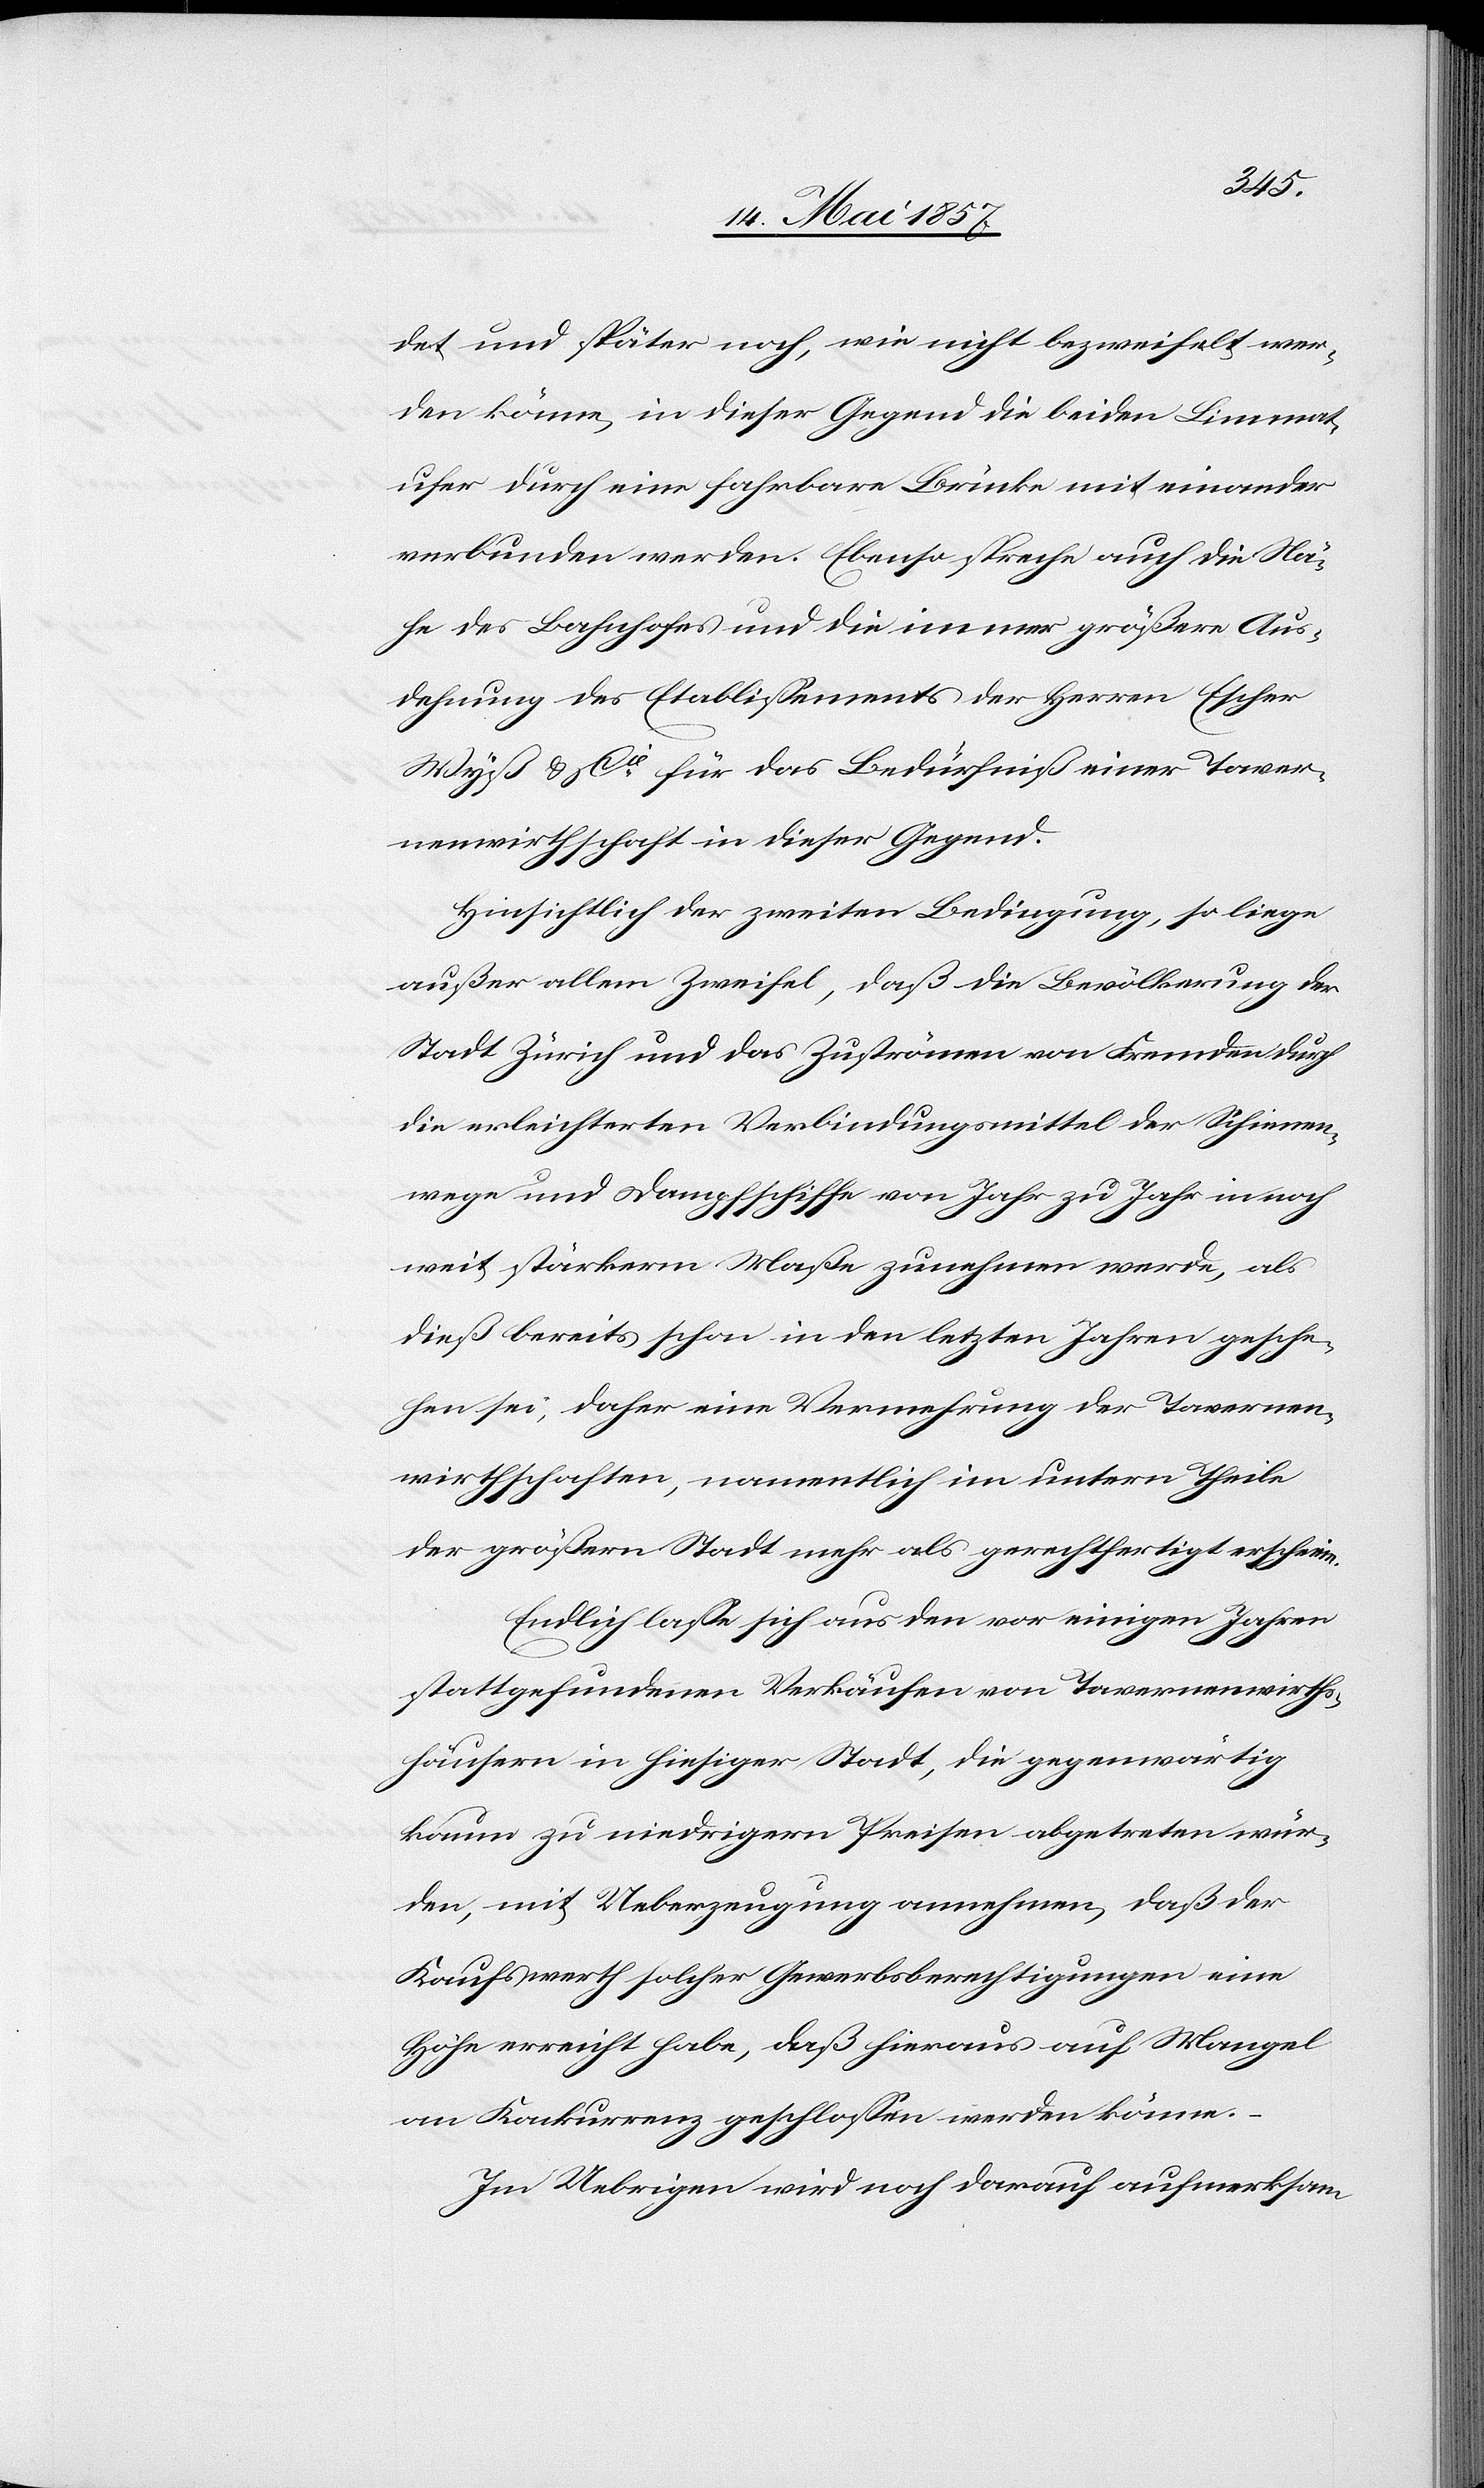
det und später noch, wie nicht bezweifelt wer¬
den könne in dieser Gegend die beiden Limmat¬
ufer durch eine fahrbare Brücke mit einander
verbunden werden. Ebenso spreche auch die Nä¬
he des Bahnhofes und die immer größere Aus¬
dehnung des Etablissements der Herren Escher
Wyß & Cie für das Bedürfniß einer Taver¬
nenwirthschaft in dieser Gegend.
Hinsichtlich der zweiten Bedingung, so liege
außer allem Zweifel, daß die Bevölkerung der
Stadt Zürich und das Zuströmen von Fremden durch
die erleichterten Verbindungsmittel der Schienen¬
wege und Dampfschiffe von Jahr zu Jahr in noch
weit stärkerem Maße zunehmen werde, als
dieß bereits schon in den letzten Jahren gesche¬
hen sei, daher eine Vermehrung der Tavernen¬
wirthschaften, namentlich im untern Theile
der größern Stadt mehr als gerechtfertigt erscheine.
Endlich lasse sich aus den vor einigen Jahren
stattgefundenen Verkäufen von Tavernenwirths¬
häusern in hiesiger Stadt, die gegenwärtig
kaum zu niedrigern Preisen abgetreten wür¬
den, mit Ueberzeugung annehmen, daß der
Kaufswerth solcher Gewerbsberechtigungen eine
Höhe erreicht habe, daß hieraus auf Mangel
an Konkurrenz geschlossen werden könne.
Im Uebrigen wird noch darauf aufmerksam